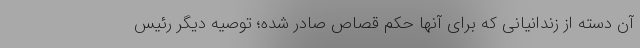
آن دسته از زندانیانی که برای آنها حکم قصاص صادر شده؛ توصیه دیگر رئیس